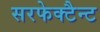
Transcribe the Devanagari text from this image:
सरफेक्टैन्ट